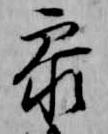
参